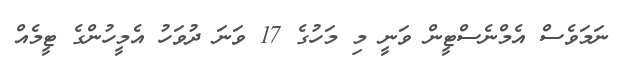
ނަމަވެސް އެމްނެސްޓީން ވަނީ މި މަހުގެ 17 ވަނަ ދުވަހު އެމީހުންގެ ޓީމެއް